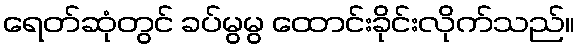
ရေတ်ဆုံတွင် ခပ်မွမွ ထောင်းခိုင်းလိုက်သည်။